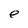
Character: e